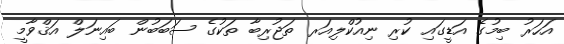
އަހަރު ބިމުގެ އަޑީގައި ކުރި ނިއުކްލިއަރ ތަޖުރިބާ ތަކުގެ ސަބަބުން ބައިނަލް އަޤްވާމީ